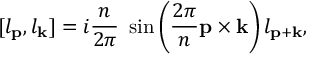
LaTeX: [ l _ { \bf p } , l _ { \bf k } ] = i \frac { n } { 2 \pi } ~ \sin \left( \frac { 2 \pi } { n } { \bf p \times k } \right) l _ { \bf p + k } ,